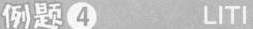
例题4 LITI